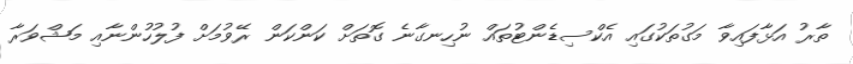
ތާރު އަޅާފައިވާ މަގުތަކުގައި އެކްސިޑެންޓުތައް ނުހިނގާނެ ގޮތަށް ކަންކަން ރޭވުމަށް ފުލުހުންނާއި މަޝްވަރާ